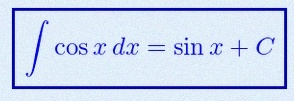
\int \cos x\,dx=\sin x+C